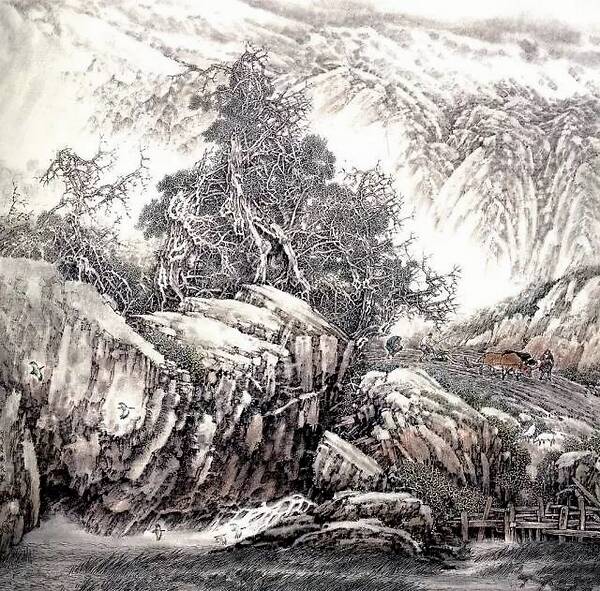
法之不行，自于贵戚。